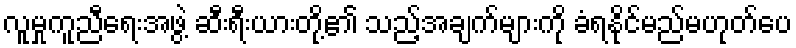
လူမှုကူညီရေးအဖွဲ့ ဆီးရီးယားတို့၏ သည့်အချက်များကို ခံရနိုင်မည်မဟုတ်ပေ